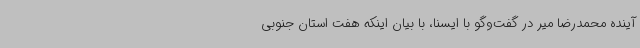
آینده محمدرضا میر در گفت‌وگو با ایسنا، با بیان اینکه هفت استان جنوبی